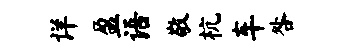
详盈语敬杭车咎